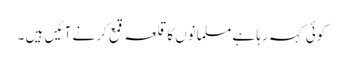
کوئی کہہ رہا ہے مسلمانوں کا قلعہ قمع کرنے آ ئیں ہیں ۔